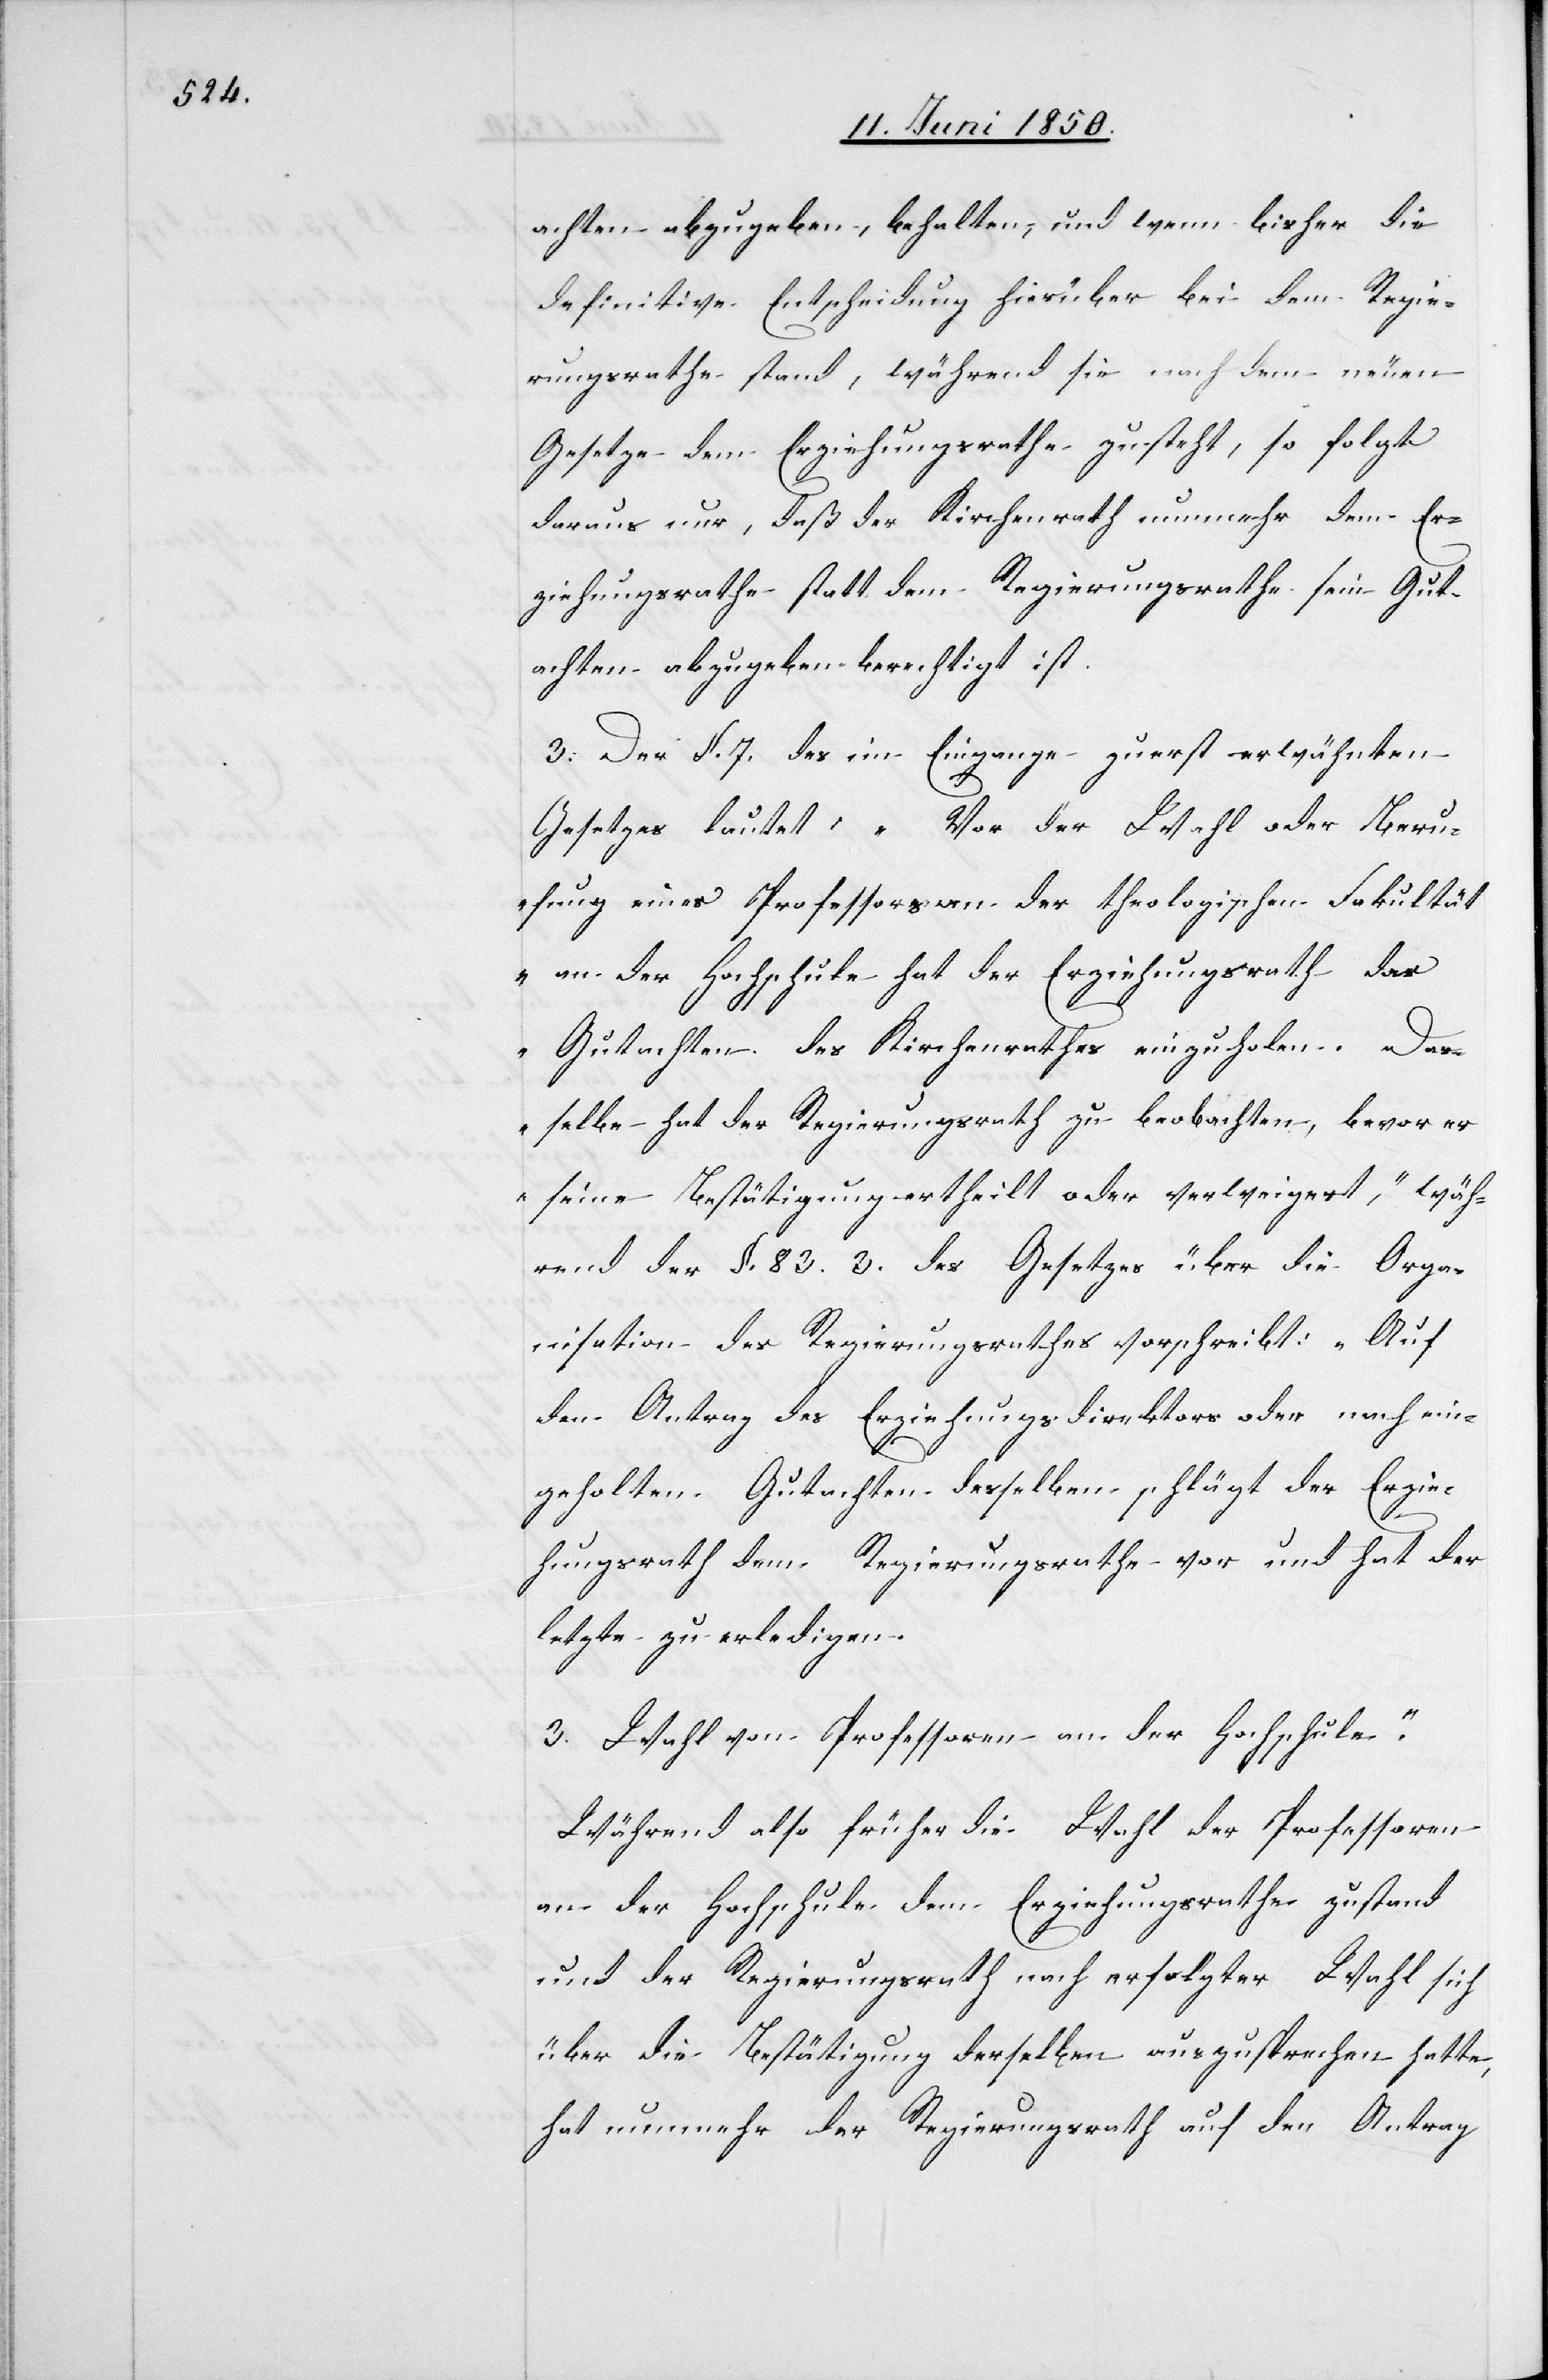
achten abzugeben, behalten, und wenn bisher die
definitive Entscheidung hierüber bei dem Regie¬
rungsrathe stand, während sie nach dem neuen
Gesetze dem Erziehungsrathe zusteht, so folgt
daraus nur, daß der Kirchenrath nunmehr dem Er¬
ziehungsrathe statt dem Regierungsrathe sein Gut¬
achten abzugeben berechtigt ist.
3. Der §. 7. des im Eingange zuerst erwähnten
Gesetzes lautet: „Vor der Wahl oder Beru¬
fung eines Professors an der theologischen Fakultät
an der Hochschule hat der Erziehungsrath das
Gutachten des Kirchenrathes einzuholen. Da¬
sselbe hat der Regierungsrath zu beobachten, bevor er
seine Bestätigung ertheilt oder verweigert“, wäh¬
rend der §. 83. 3. des Gesetzes über die Orga¬
nisation des Regierungsrathes vorschreibt: „Auf
den Antrag des Erziehungsdirektors oder nach ein¬
geholten Gutachten desselben schlägt der Erzie¬
hungsrath dem Regierungsrathe vor und hat der
letzte zu erledigen.
3. Wahl von Professoren an der Hochschule.“
Während also früher die Wahl der Professoren
an der Hochschule dem Erziehungsrathe zustand
und der Regierungsrath nach erfolgter Wahl sich
über die Bestätigung derselben auszusprechen hatte,
hat nunmehr der Regierungsrath auf den Antrag